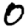
Digit: 0